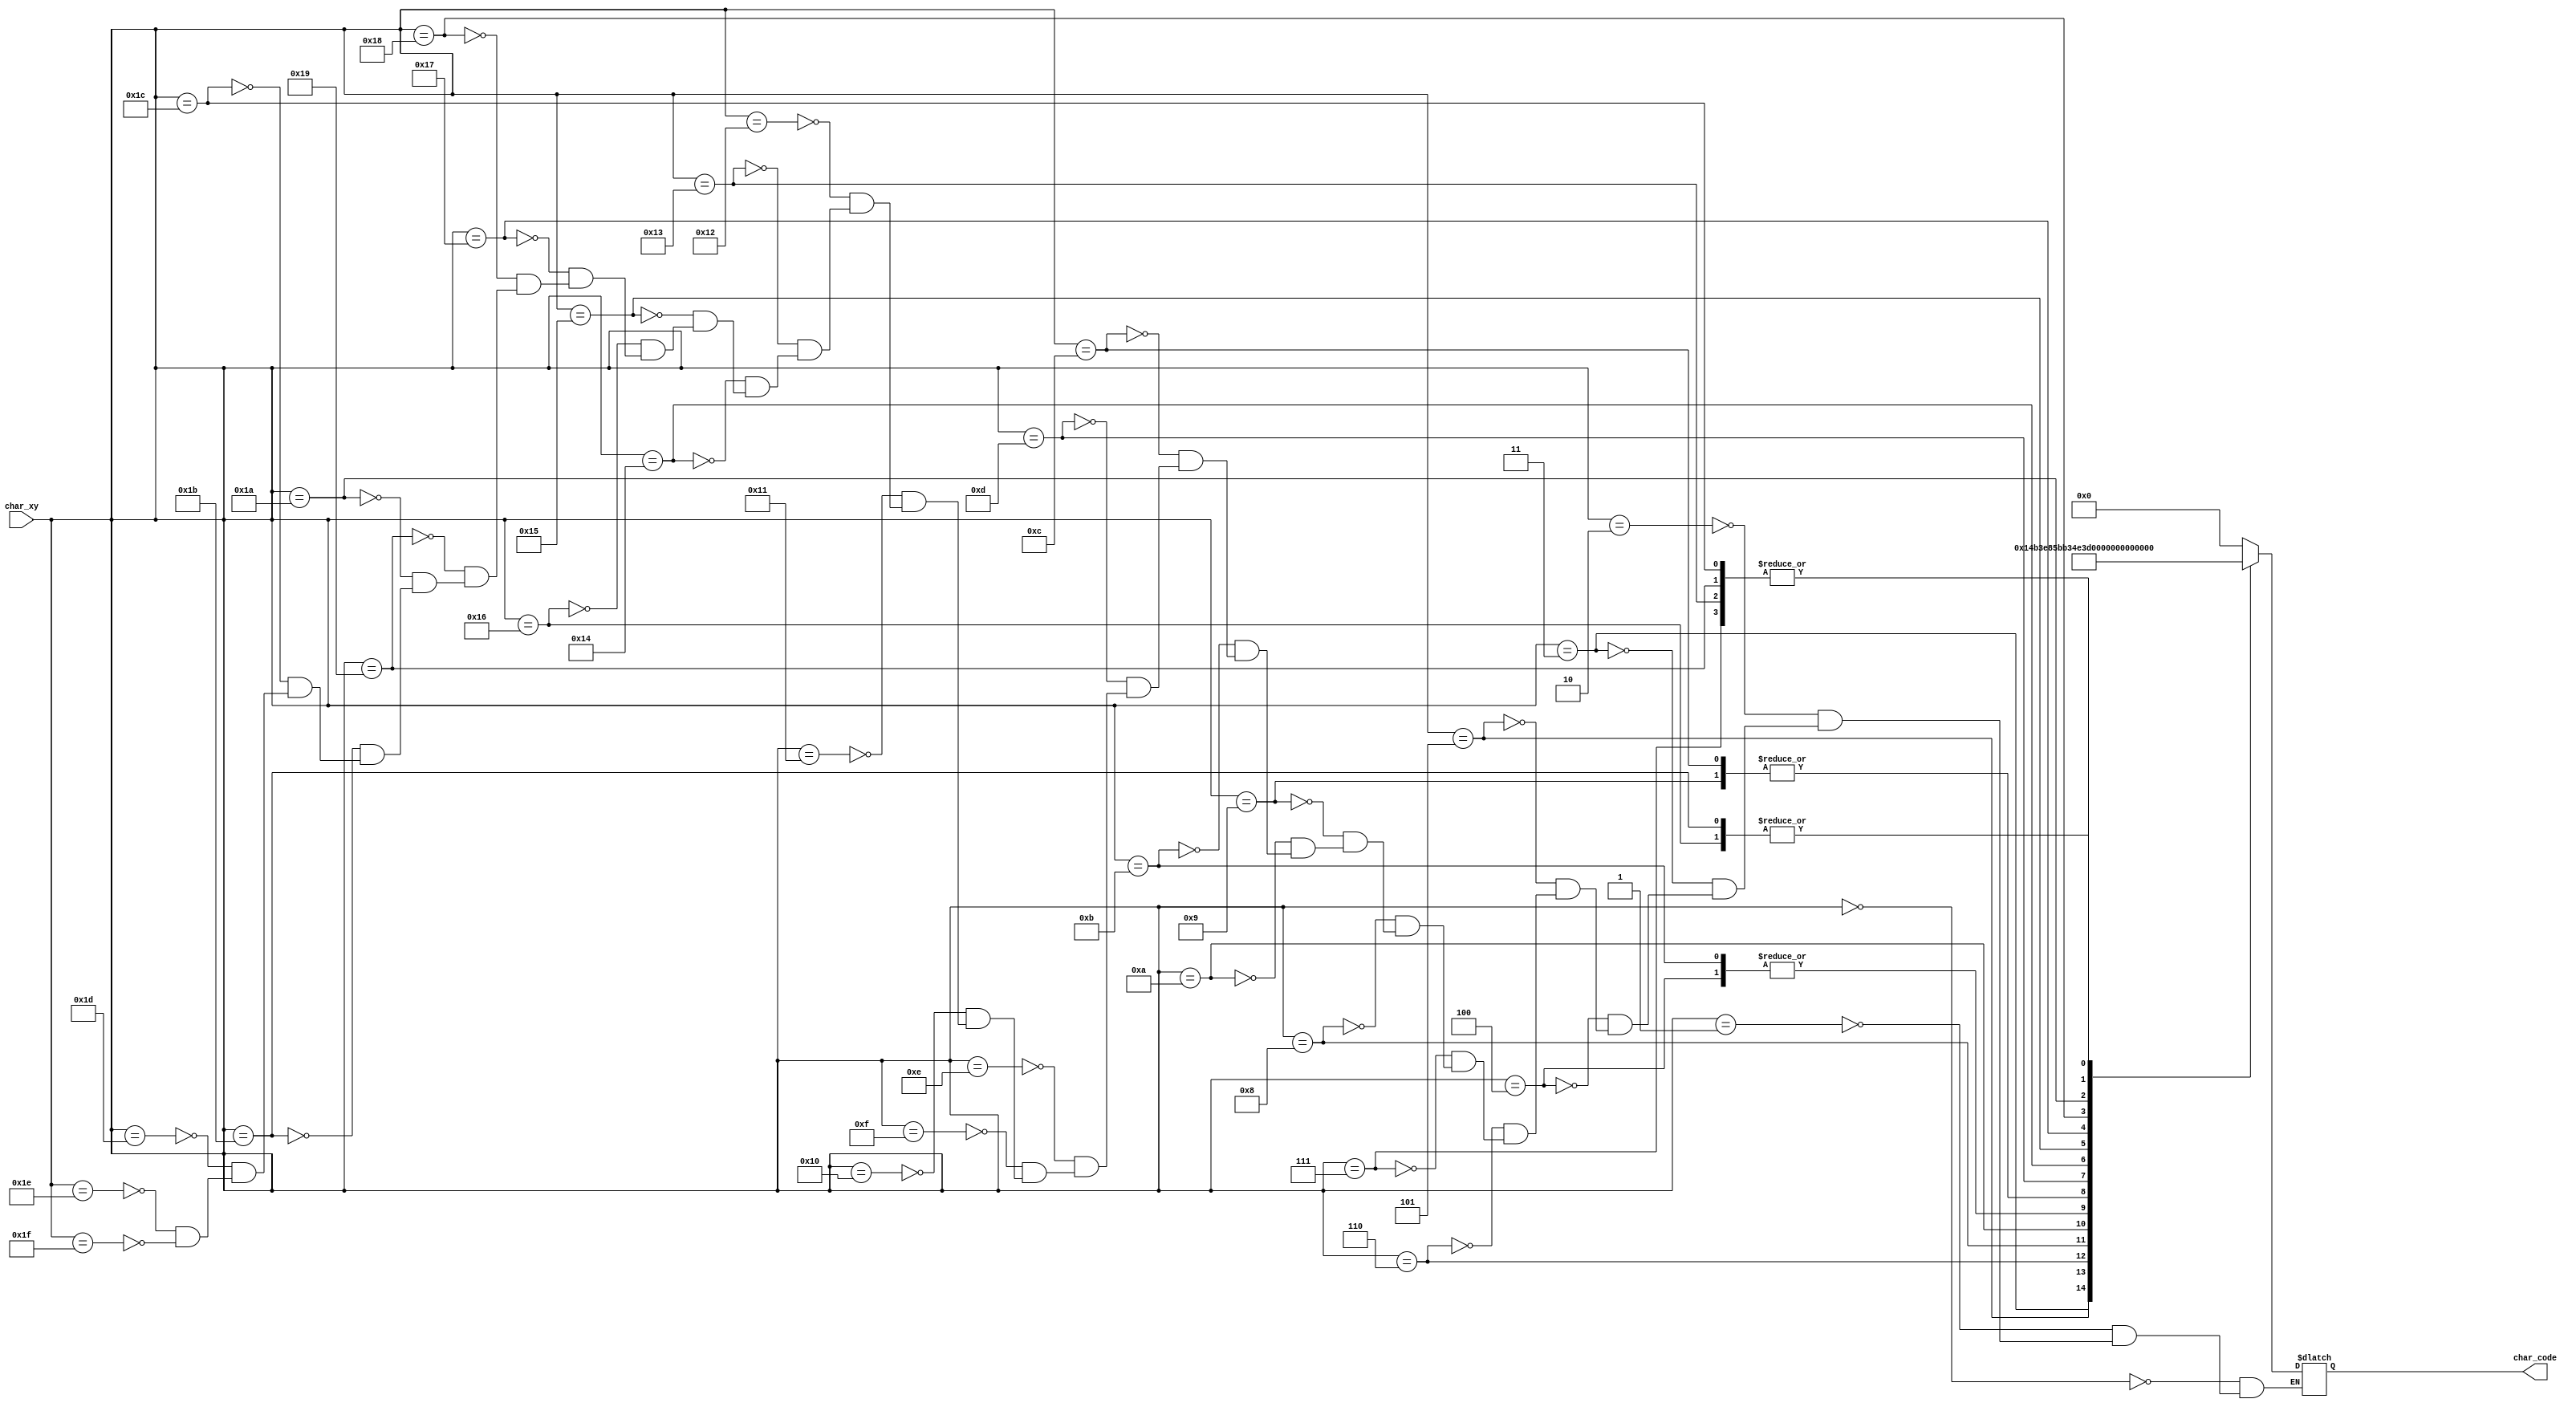
module char_end(
    input wire [7:0] char_xy,
    
    output reg [6:0] char_code
    );

            
    reg [7:0] code_data = 0;
    
    always @*   begin
        char_code = code_data[6:0];
    end
                
    always @*   begin
        case (char_xy)
            8'h00: code_data = 8'h00;   
            8'h01: code_data = 8'h00;   
            8'h02: code_data = 8'h00;   
            8'h03: code_data = "R";   
            8'h04: code_data = "i";   
            8'h05: code_data = "g";   
            8'h06: code_data = "h";    
            8'h07: code_data = "t";   
            8'h08: code_data = "-";   
            8'h09: code_data = "c";      
            8'h0a: code_data = "l";   
            8'h0b: code_data = "i";   
            8'h0c: code_data = "c";   
            8'h0d: code_data = "k";   
            8'h0e: code_data = 8'h00;   
            8'h0f: code_data = 8'h00;  
        
            8'h10: code_data = 8'h00;   
            8'h11: code_data = 8'h00;   
            8'h12: code_data = 8'h00;   
            8'h13: code_data = "t";   
            8'h14: code_data = "o";   
            8'h15: code_data = " ";   
            8'h16: code_data = "r";    
            8'h17: code_data = "e";   
            8'h18: code_data = "s";   
            8'h19: code_data = "t";      
            8'h1a: code_data = "a";   
            8'h1b: code_data = "r";   
            8'h1c: code_data = "t";   
            8'h1d: code_data = 8'h00;   
            8'h1e: code_data = 8'h00;   
            8'h1f: code_data = 8'h00;  
        endcase
    end            
endmodule